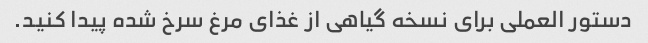
دستور العملی برای نسخه گیاهی از غذای مرغ سرخ شده پیدا کنید.